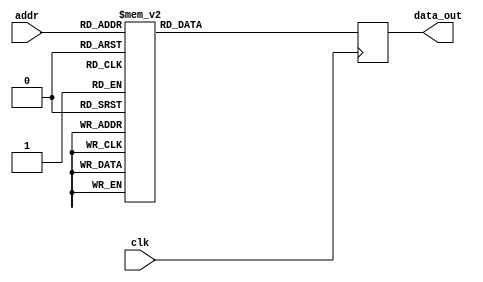
module rom2(clk,addr,data_out);
input clk;
input [3:0] addr;

output reg [10:0] data_out;

always @(posedge clk) 
	case(addr)
		4'b0000: data_out=11'b00000000000;
		4'b0001: data_out=11'b00000100000;
		4'b0010: data_out=11'b00000100000;
		4'b0011: data_out=11'b00001000000;
		4'b0100: data_out=11'b00000100000;
		4'b0101: data_out=11'b00001000000; 
		4'b0110: data_out=11'b00001000000;
		4'b0111: data_out=11'b00001100000;
		4'b1000: data_out=11'b00000100000; 
		4'b1001: data_out=11'b00001000000;
		4'b1010: data_out=11'b00001000000;
		4'b1011: data_out=11'b00001100000;
		4'b1100: data_out=11'b00001000000;
		4'b1101: data_out=11'b00001100000;
		4'b1110: data_out=11'b00001100000;
		4'b1111: data_out=11'b00010000000;
		default: data_out=11'b00000000000;
	endcase 

endmodule